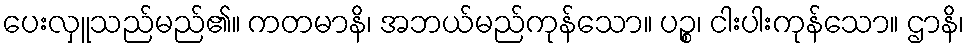
ပေးလှူသည်မည်၏။ ကတမာနိ၊ အဘယ်မည်ကုန်သော။ ပဉ္စ၊ ငါးပါးကုန်သော။ ဌာနိ၊